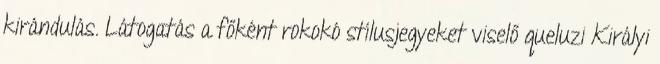
kirándulás. Látogatás a főként rokokó stílusjegyeket viselő queluzi Királyi